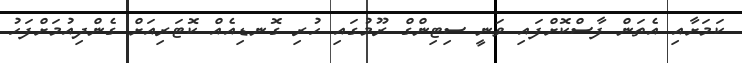
ކަމަށާއި އެތަން ފާސްކޮށްފައި ވަނީ ސިޓިންގް ރޫމުގައި ހުރި ގޮނޑިއެއް ކޮޓަރިއަށް ގެންދިއުމަށްފަހު